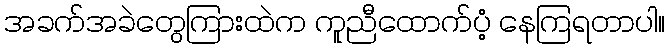
အခက်အခဲတွေကြားထဲက ကူညီထောက်ပံ့ နေကြရတာပါ။